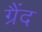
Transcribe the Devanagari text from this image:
ग्रैंद